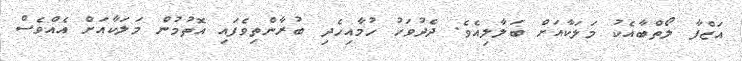
އަޒްފާ ލޯތްބާއެކު މަލަކާއަށް ބަލާލިއެވެ. ދެދުވަހު ހުމާއިހެދި ބުރާންތިވެފައި އޮތުމުން މަލަކާއަށް އެއްވެސް